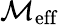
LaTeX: \mathcal{M}_{\mathrm{{eff}}}